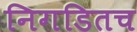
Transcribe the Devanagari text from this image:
निगडितच